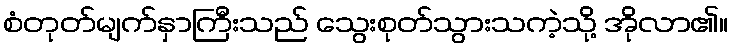
စံတုတ်မျက်နှာကြီးသည် သွေးစုတ်သွားသကဲ့သို့ အိုလာ၏။